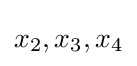
x_{2},x_{3},x_{4}